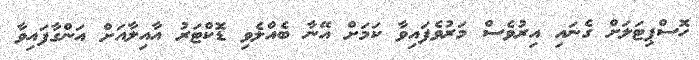
ހޮސްޕިޓަލަށް ގެނައި އިރުވެސް މަރުވެފައިވާ ކަމަށް އޭނާ ބެއްލެވި ޑޮކްޓަރު އާއިލާއަށް އަންގާފައިވާ